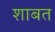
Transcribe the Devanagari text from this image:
शाबत